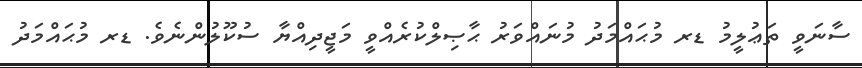
ސާނަވީ ތަޢުލީމު ޑރ މުޙައްމަދު މުނައްވަރު ޙާޞިލްކުރެއްވީ މަޖީދިއްޔާ ސުކޫލުންނެވެ. ޑރ މުޙައްމަދު